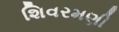
શિવરમણી